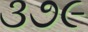
૩૭૯